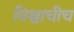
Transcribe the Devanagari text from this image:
विश्वाचीच